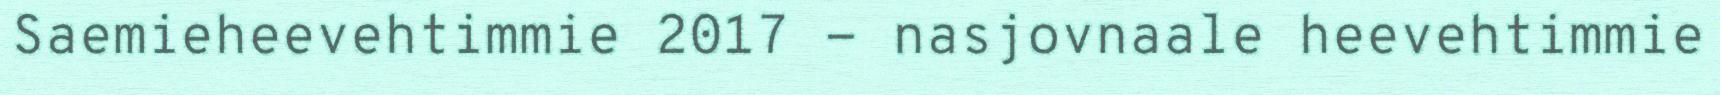
Saemieheevehtimmie 2017 - nasjovnaale heevehtimmie